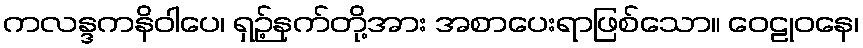
ကလန္ဒကနိဝါပေ၊ ရှဉ့်နက်တို့အား အစာပေးရာဖြစ်သော။ ဝေဠုဝနေ၊